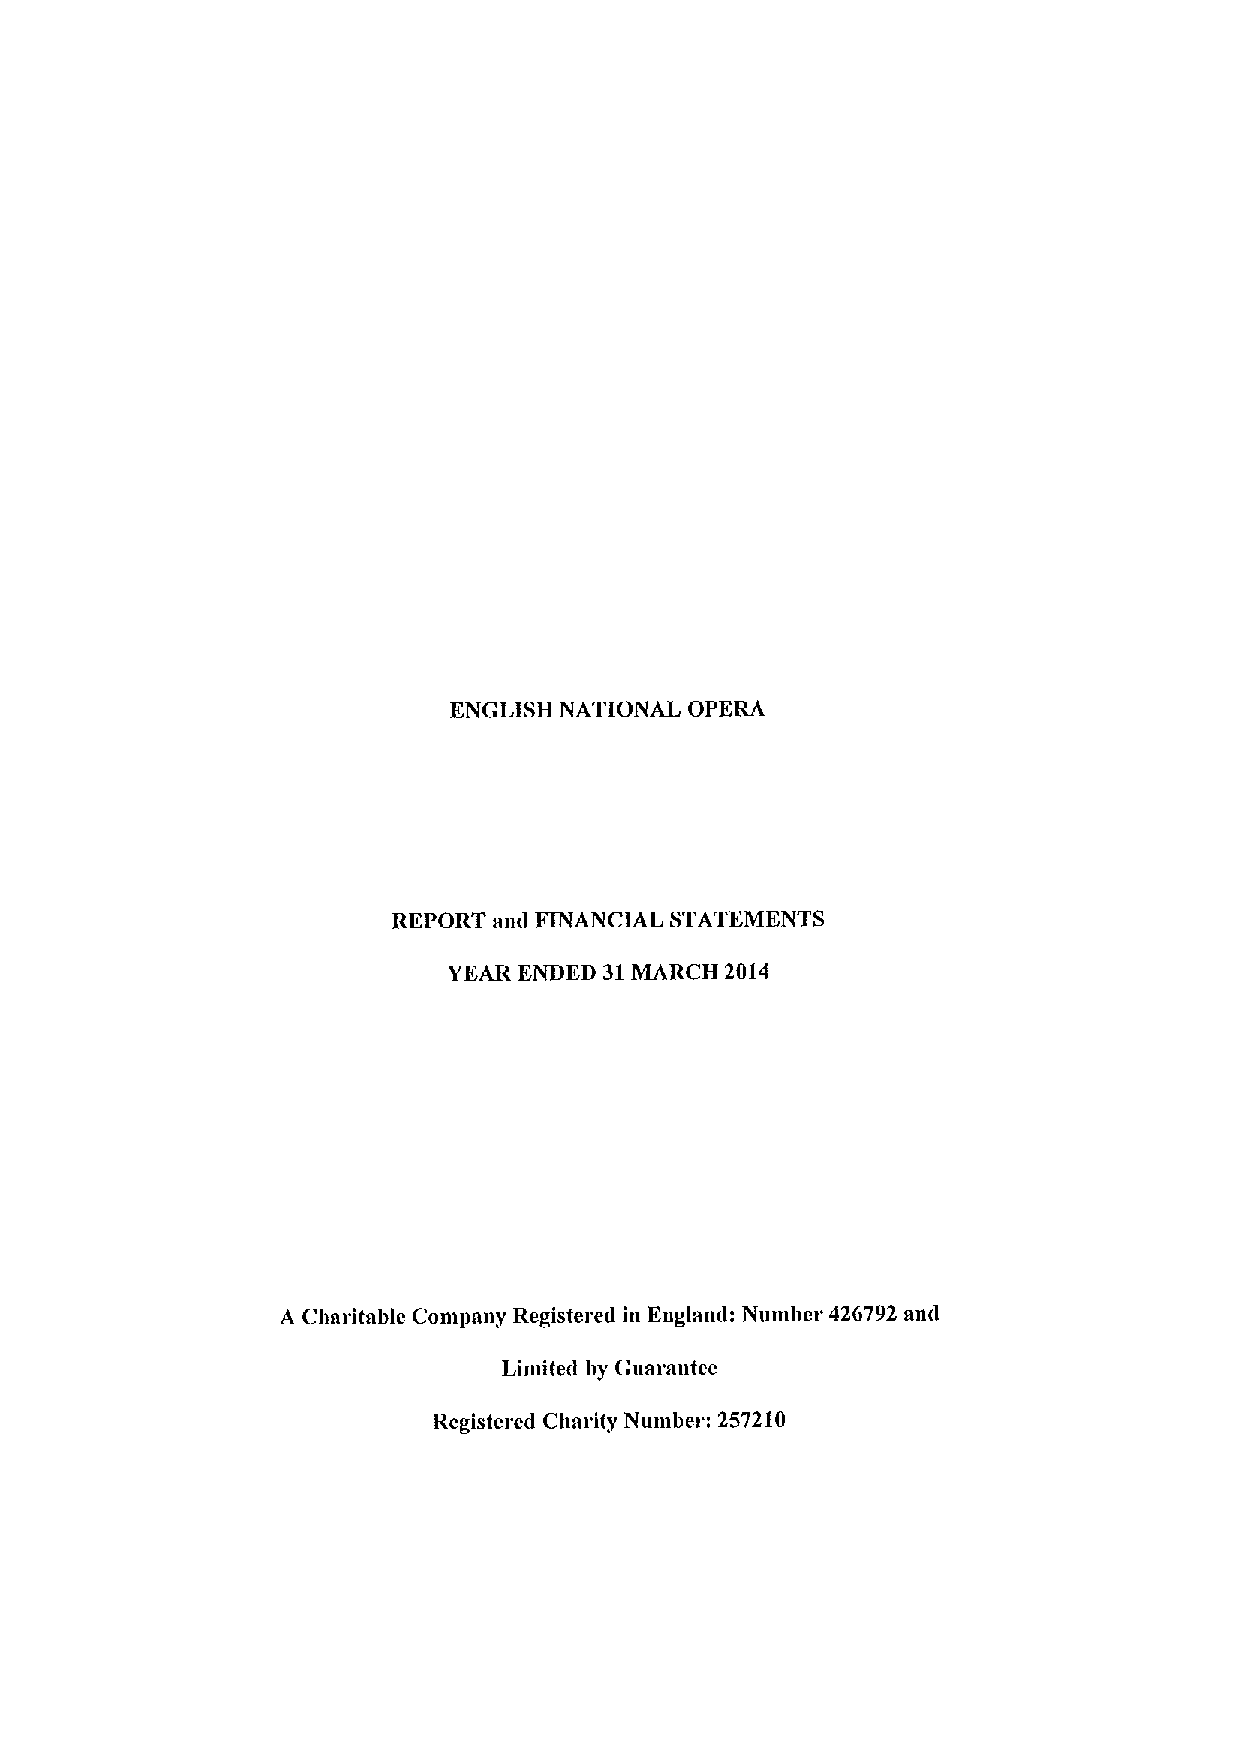
ENGLISH NATIONAL OPERA
 REPORT and FINANCIAL STATEMENTS
 YEAR ENDED 31MARCH 2014
 A Charitable Company Registered in England: Number 426792 an&1
 Limited by Guarantee
 Registered Clmrity Number: 257210